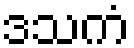
ဒသကံ